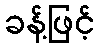
ခန့်ဖြင့်